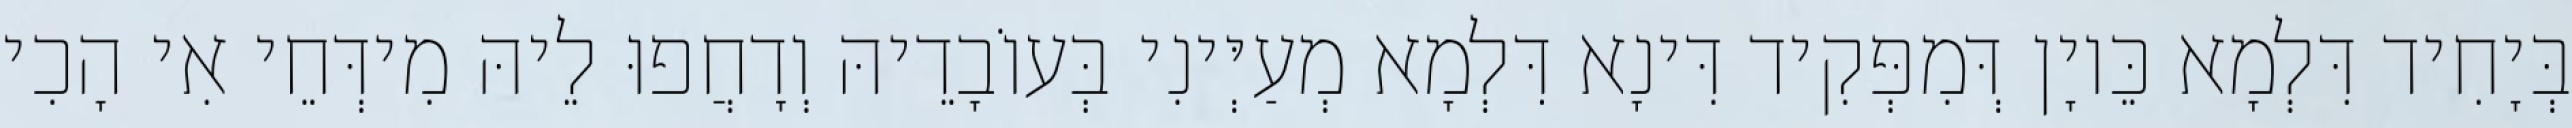
בְּיָחִיד דִּלְמָא כֵּיוָן דְּמִפְּקִיד דִּינָא דִּלְמָא מְעַיְּינִי בְּעוֹבָדֵיהּ וְדָחֲפוּ לֵיהּ מִידְּחֵי אִי הָכִי